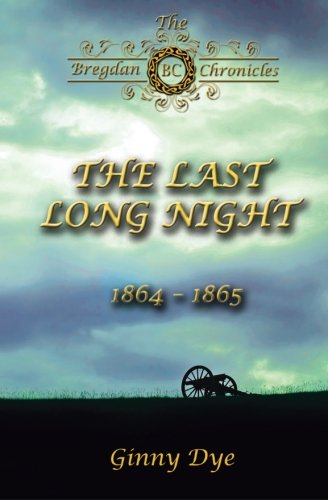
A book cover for The Last, Long Night (#5 in the Bregdan Chronicles Historical Fiction Romance Se (Volume 5); Ginny Dye; Literature & Fiction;